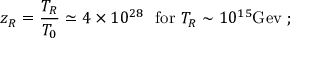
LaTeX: z _ { R } = \frac { T _ { R } } { T _ { 0 } } \simeq 4 \times 1 0 ^ { 2 8 } ~ ~ \mathrm { f o r } ~ T _ { R } \sim 1 0 ^ { 1 5 } \mathrm { G e v } \; ;